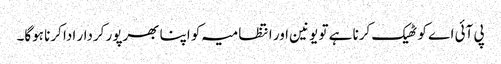
پی آئی اے کو ٹھیک کرنا ہے تو یونین اور انتظامیہ کو اپنا بھرپور کردار ادا کرنا ہوگا۔